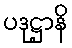
ပဒုဋ္ဌာနိ